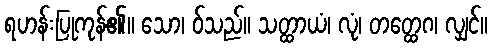
ရဟန်းပြုကုန်၏။ သော၊ ဝ်သည်။ သတ္ထာယံ၊ လုံ၊ တတ္ထေဂ၊ လျှင်။